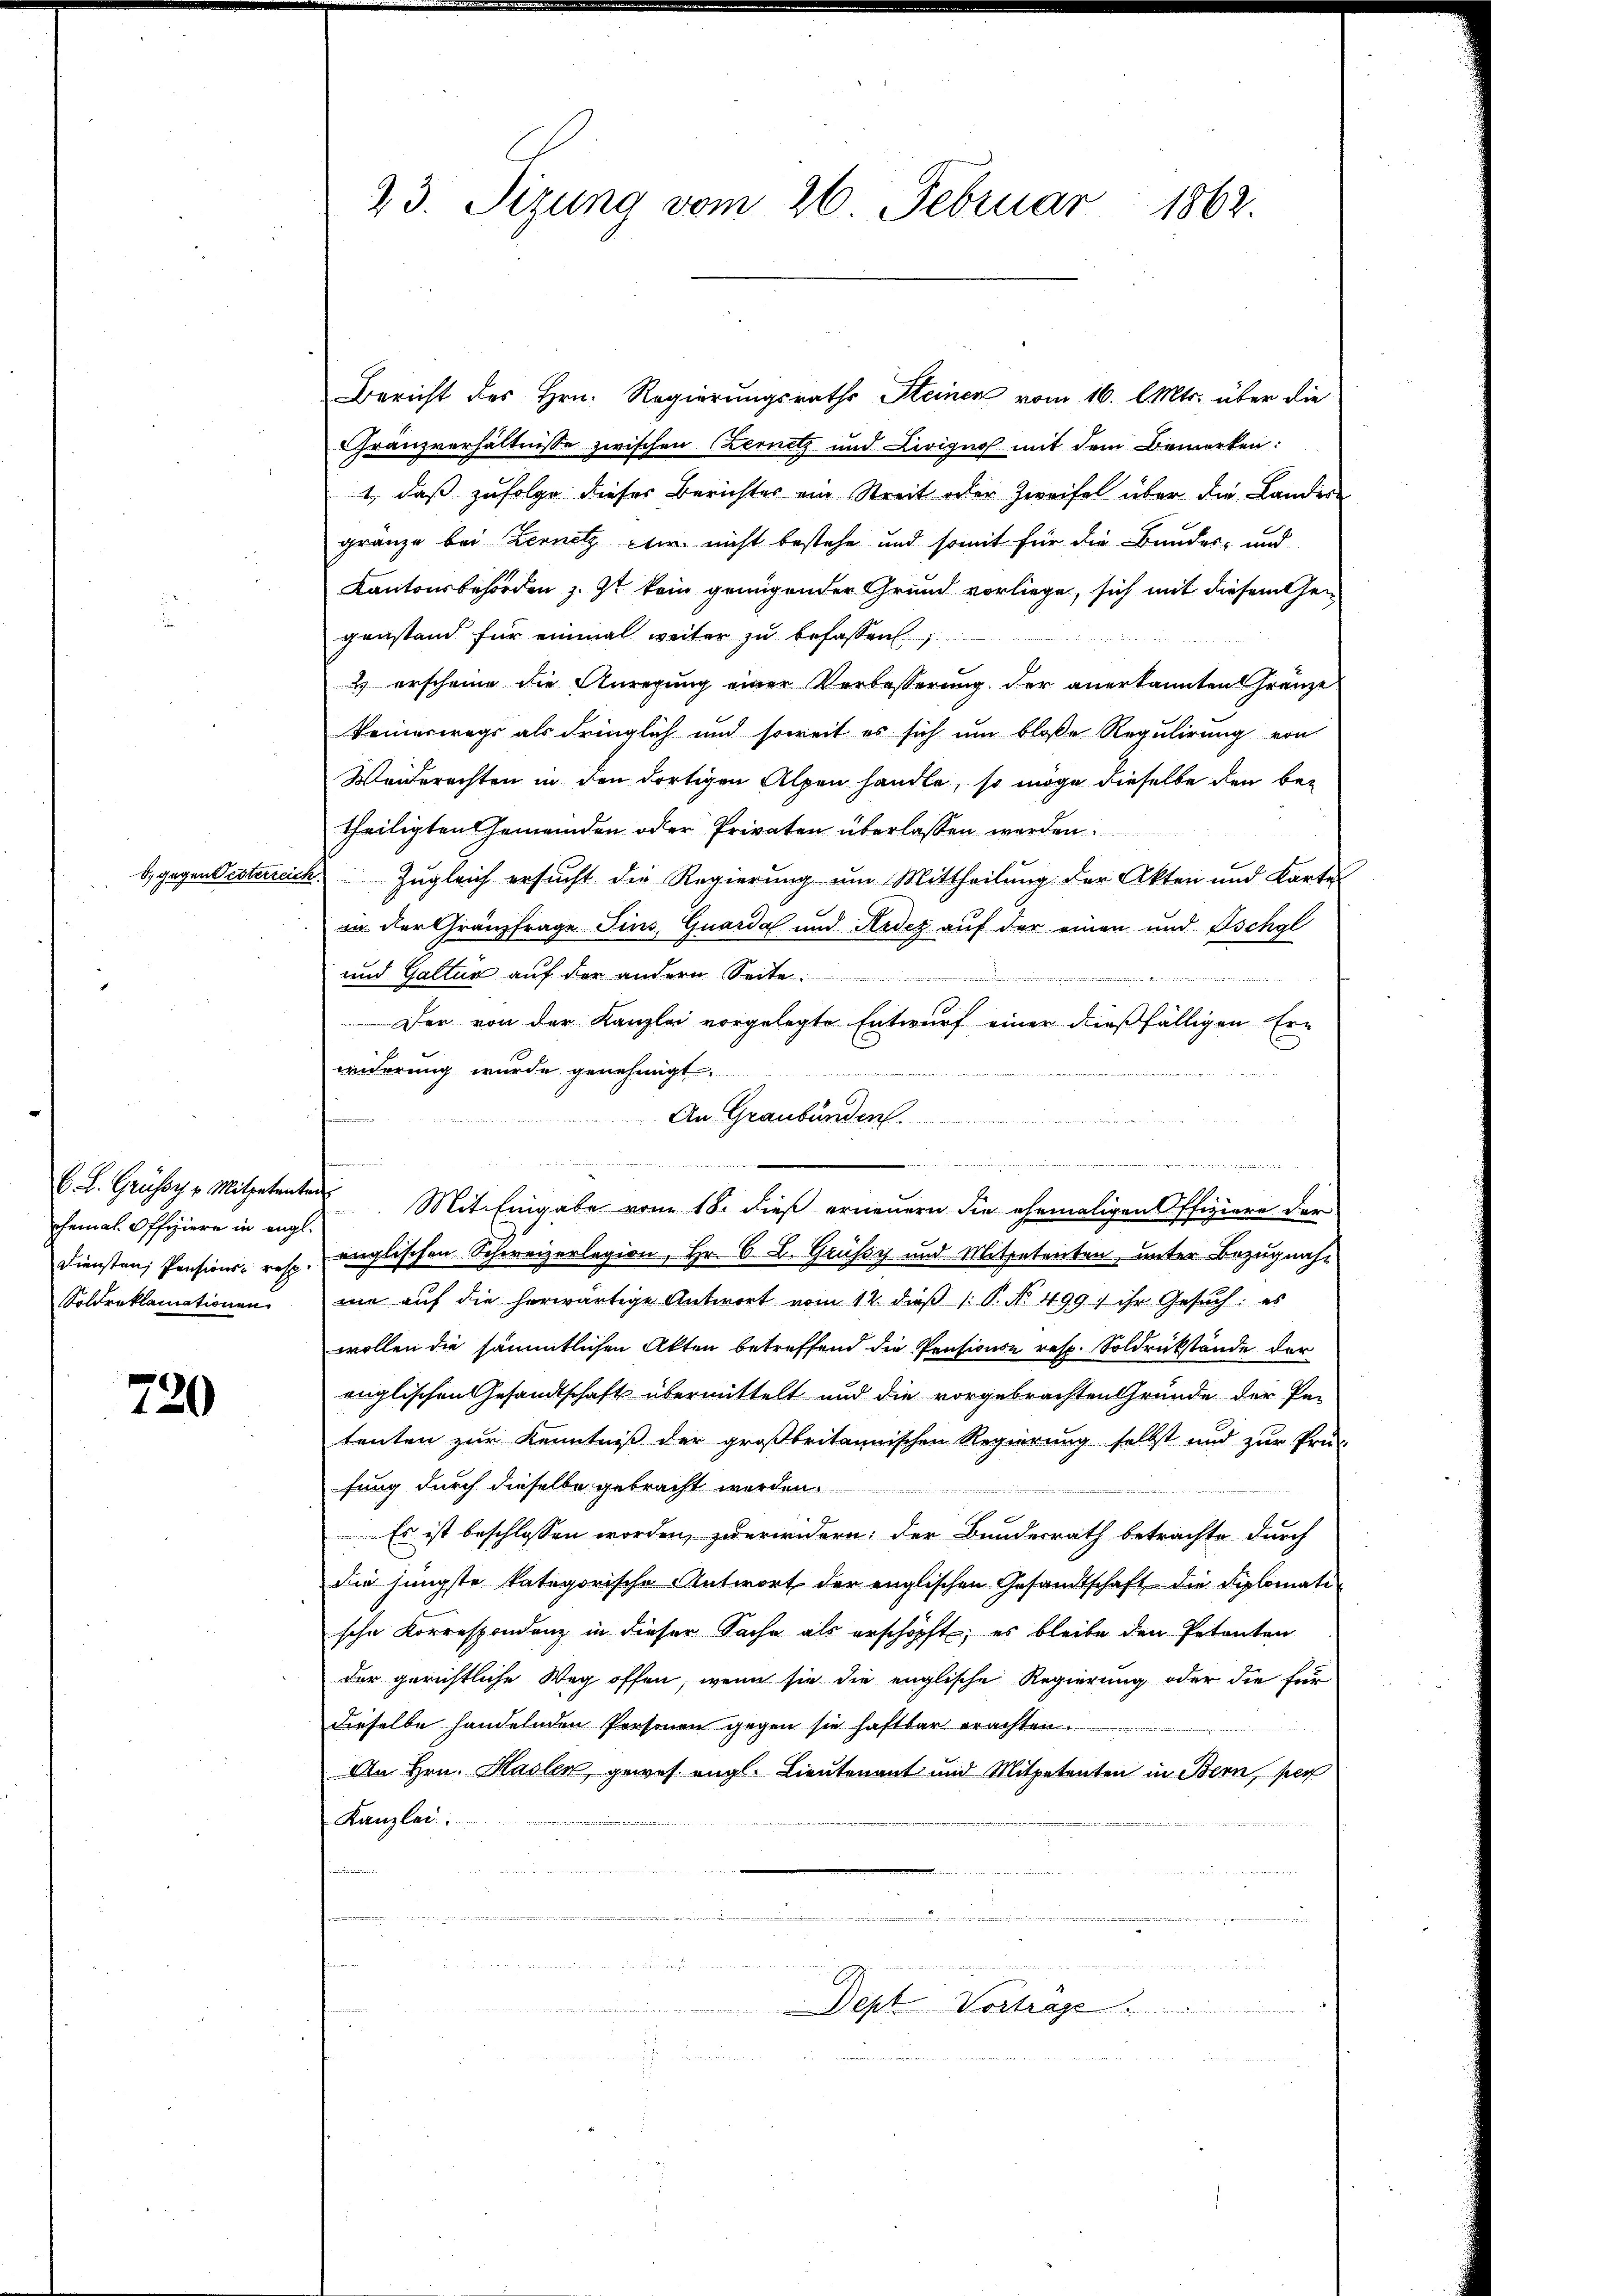
chemals Offiziere in engl.
Soldreklamationen

720

23. Sizung vom 26. Februar 1862.

Bericht des Hrn. Regierungsraths Steinen vom 16. l. Mts. über die
Franzverhältnisse zwischen (Zernetz und Livigno mit dem Bemerken:
1, daß zufolge dieses Berichter ein Streit oder Zweifel über die Landes
gränze bei Lernelz etc. nicht bestehe und somit für die Bundes- und
Kantonsbehörden z. Zt kein genügender Grund vorliege, sich mit diesem Gen
genstand für einmal weiter zu befassen.
2 erscheine die Anregung einer Verbesserung der anerkannten Gränze
Teineswegs als dringlich und soweit es sich um bloße Regulirung von
Weiderachten in den dortigen Alpen handle, so möge dieselbe den be-
theiligten Gemeinden oder Privaten überlassen werden.
b, gegen Oesterreich, Zugleich ersucht die Regierung um Mittheilung der Akten und Karte
in der Gränzfrage Fins, Quartal und Ardez auf der einen und Ischgl
und Galter auf der andern Seite

Der von der Kanzlei vorgelegte Entwurf einer dießfälligen Ern
widerung wurde genehmigt.
An Graubünden.

C. L. Grüssy Mitpetentens Mit Eingabe vom 18. dieß erneuern die ehemaligen Offiziere der
Diensten, Pensions- resp. englischen Schweizerlagion, Hr. C. L. Grüssy und Mitpetenten, unter Bezugnahme aŭf die herwärtige Antwort vom 12. dieβ 1. P. Nr. 499. ihr Gesŭch: es
wollen die sämmtlichen Akten betreffend die Pensionen resp. Soldrückstände der
englischen Gesandtschaft übermittelt und die vorgebrachten Grunde der Petenten zur Kenntniß der großbritannischen Regierung selbst und zur Prü-
fung durch dieselbe gebracht werden
Es ist beschlossen worden, zu erwidern: der Bundesrath betrachte durch
die jüngste kategorische Antwort der englischen Gesandtschaft die Siplomati
sche Korrespondenz in dieser Sache als erschöpft, es bleibe den Petenten
der gerichtliche Weg offen, wenn sie die englische Regierung oder die für
dieselbe handelnden Personen gegen sie haftbar erachten.
An Hrn. Hasler, gewes engl. Lieutenant und Mitpetenten in Bern, per
Kanzlei.
n
.
Dept Vortrage
 Ammann

a

r